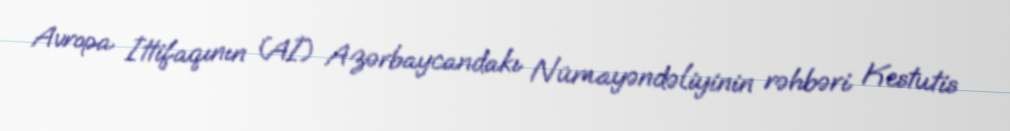
Avropa İttifaqının (Aİ) Azərbaycandakı Nümayəndəliyinin rəhbəri Kestutis